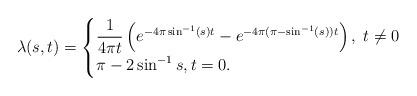
LaTeX: \begin{align*}\lambda(s,t) =\begin{cases}\dfrac{1}{4\pi t}\left( e^{-4\pi \sin^{-1}(s) t}-e^{-4\pi (\pi-\sin^{-1}(s)) t}\right), \; t\neq 0\\\pi - 2\sin^{-1}s, t=0. \end{cases}\end{align*}